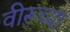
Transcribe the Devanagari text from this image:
वीरूच्या